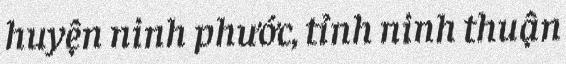
huyện ninh phước, tỉnh ninh thuận